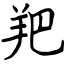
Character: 羓